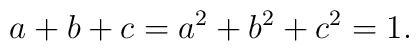
a + b + c=a^2 + b^2 + c^2=1.